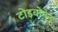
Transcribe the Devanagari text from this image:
टोइवोनेन